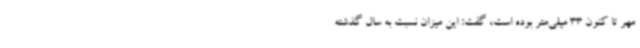
مهر تا کنون 33 میلی‌متر بوده است، گفت: این میزان نسبت به سال گذشته